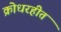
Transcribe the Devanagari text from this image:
क्रोधरहीत